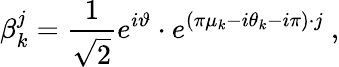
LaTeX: \beta_{k}^{j}={\frac{1}{\sqrt{2}}}e^{i\vartheta}\cdot e^{(\pi\mu_{k}-i\theta_{k}-i\pi)\cdot j}\ ,